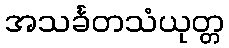
အသင်္ခတသံယုတ္တ